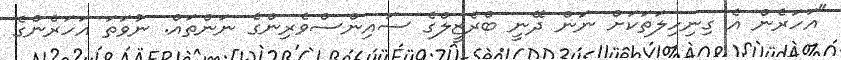
"އަހަރެން އެ ގިނިހިލަތަކަށް ނަން ދޭނީ ބްރެޒީލްގެ ސައިންސްވެރިންގެ ނަންތައް. ނުވަތަ އަހަރެންގެ